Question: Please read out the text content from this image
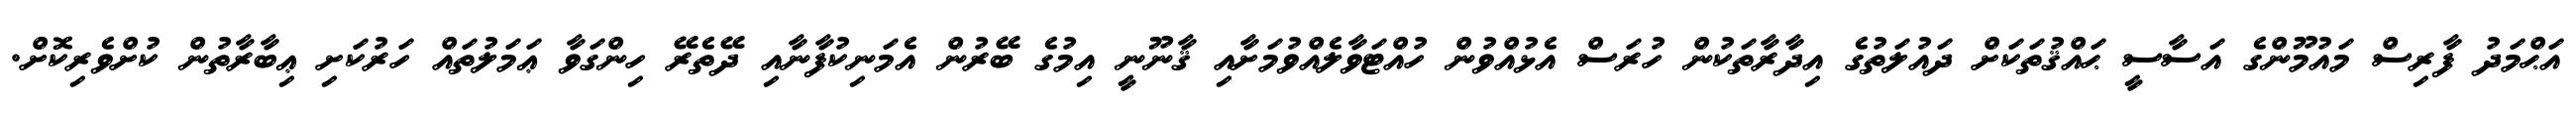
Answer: އަޙްމަދު ފާރިސް މައުމޫންގެ އަސާސީ ޙައްޤުތަކަށް ދައުލަތުގެ އިދާރާތަކުން ހުރަސް އެޅުއްވުން ހުއްޓަވާލެއްވުމަށާއި ޤާނޫނީ އިމުގެ ބޭރުން އެމަނިކުފާނާއި ދޭތެރޭ ހިންގަވާ ޢަމަލުތައް ހަރުކަށި ޢިބާރާތުން ކުށްވެރިކޮށް.